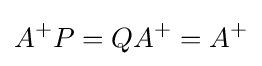
A^{+}P=QA^{+}=A^{+}